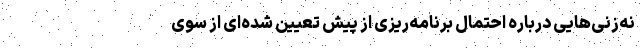
نه‌زنی‌هایی درباره احتمال برنامه‌ریزی از پیش تعیین شده‌ای از سوی